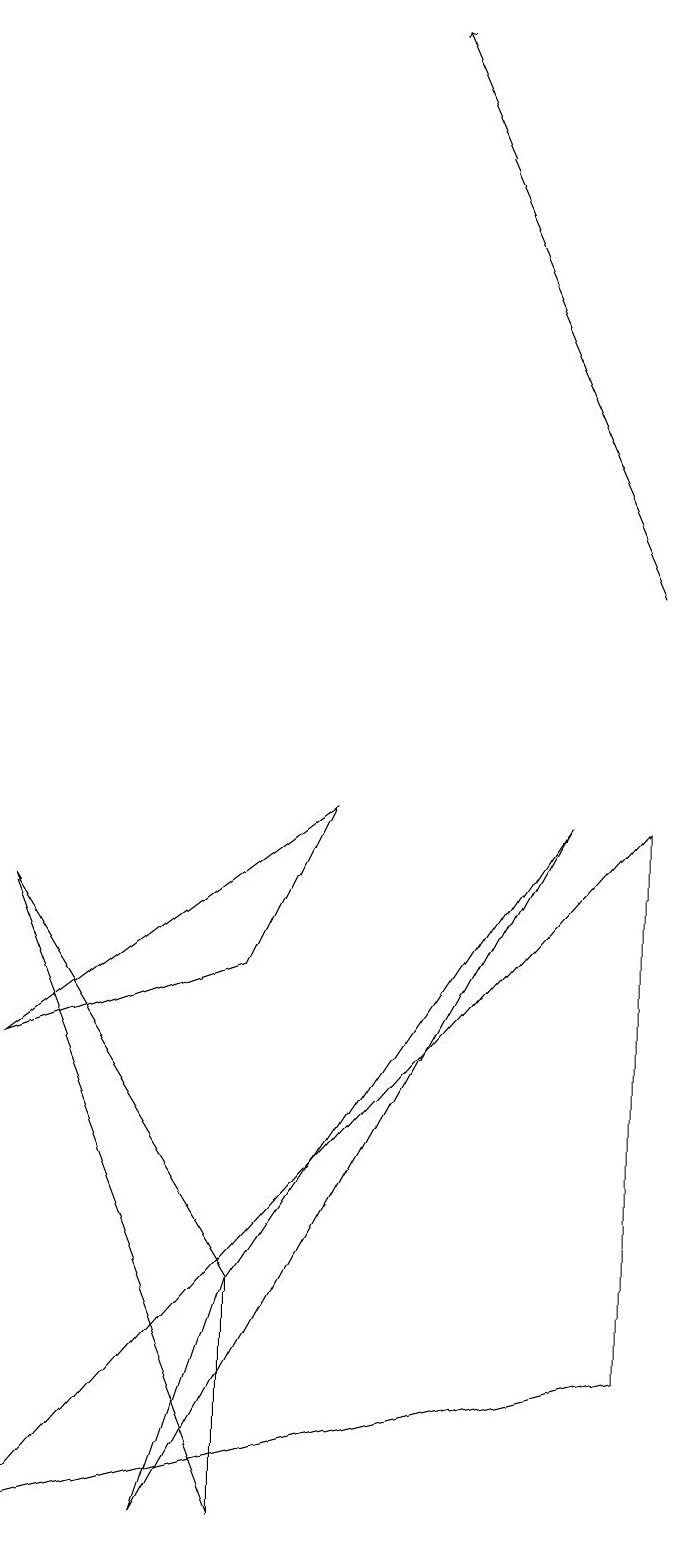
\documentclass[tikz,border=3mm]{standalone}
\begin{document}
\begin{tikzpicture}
\draw (7,9) -- (3,3) -- (2,0) -- cycle;
\draw[->] (8,12) -- (5,19);
\draw (3,3) -- (0,8) -- (3,0) -- cycle;
\draw (8,9) -- (8,2) -- (0,0) -- cycle;
\draw (4,9) -- (0,6) -- (3,7) -- cycle;
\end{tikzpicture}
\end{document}